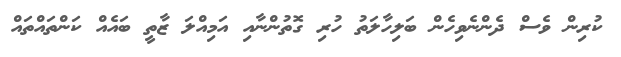
ކުރިން ވެސް ދެންނެވިހެން ބަލިހާލަތު ހުރި ގޮތުންނާއި އަމިއްލަ ޒާތީ ބައެއް ކަންތައްތައް